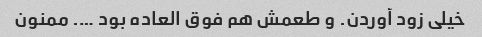
خیلی زود آوردن. و طعمش هم فوق العاده بود …. ممنون